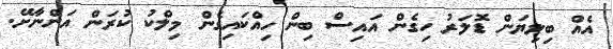
އެއް ބިލިޔަން ޑޮލަރު ހިގެން އައިސް ބިން ހިއްކައިގެން މިލްކު ކުރަން އަންނާށޭ.